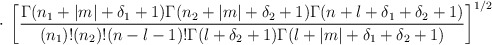
\begin{align*}\cdot \> \left[ \frac{\Gamma(n_1+|m|+\delta_1+1)\Gamma(n_2+|m|+\delta_2+1)\Gamma(n+l+\delta_1+\delta_2+1)}{(n_1)!(n_2)!(n-l-1)!\Gamma(l+\delta_2+1)\Gamma(l+|m|+\delta_1+\delta_2+1)} \right] ^{1/2}\end{align*}